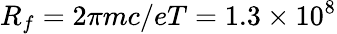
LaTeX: R_{f}=2\pi mc/eT=1.3\times 10^{8}